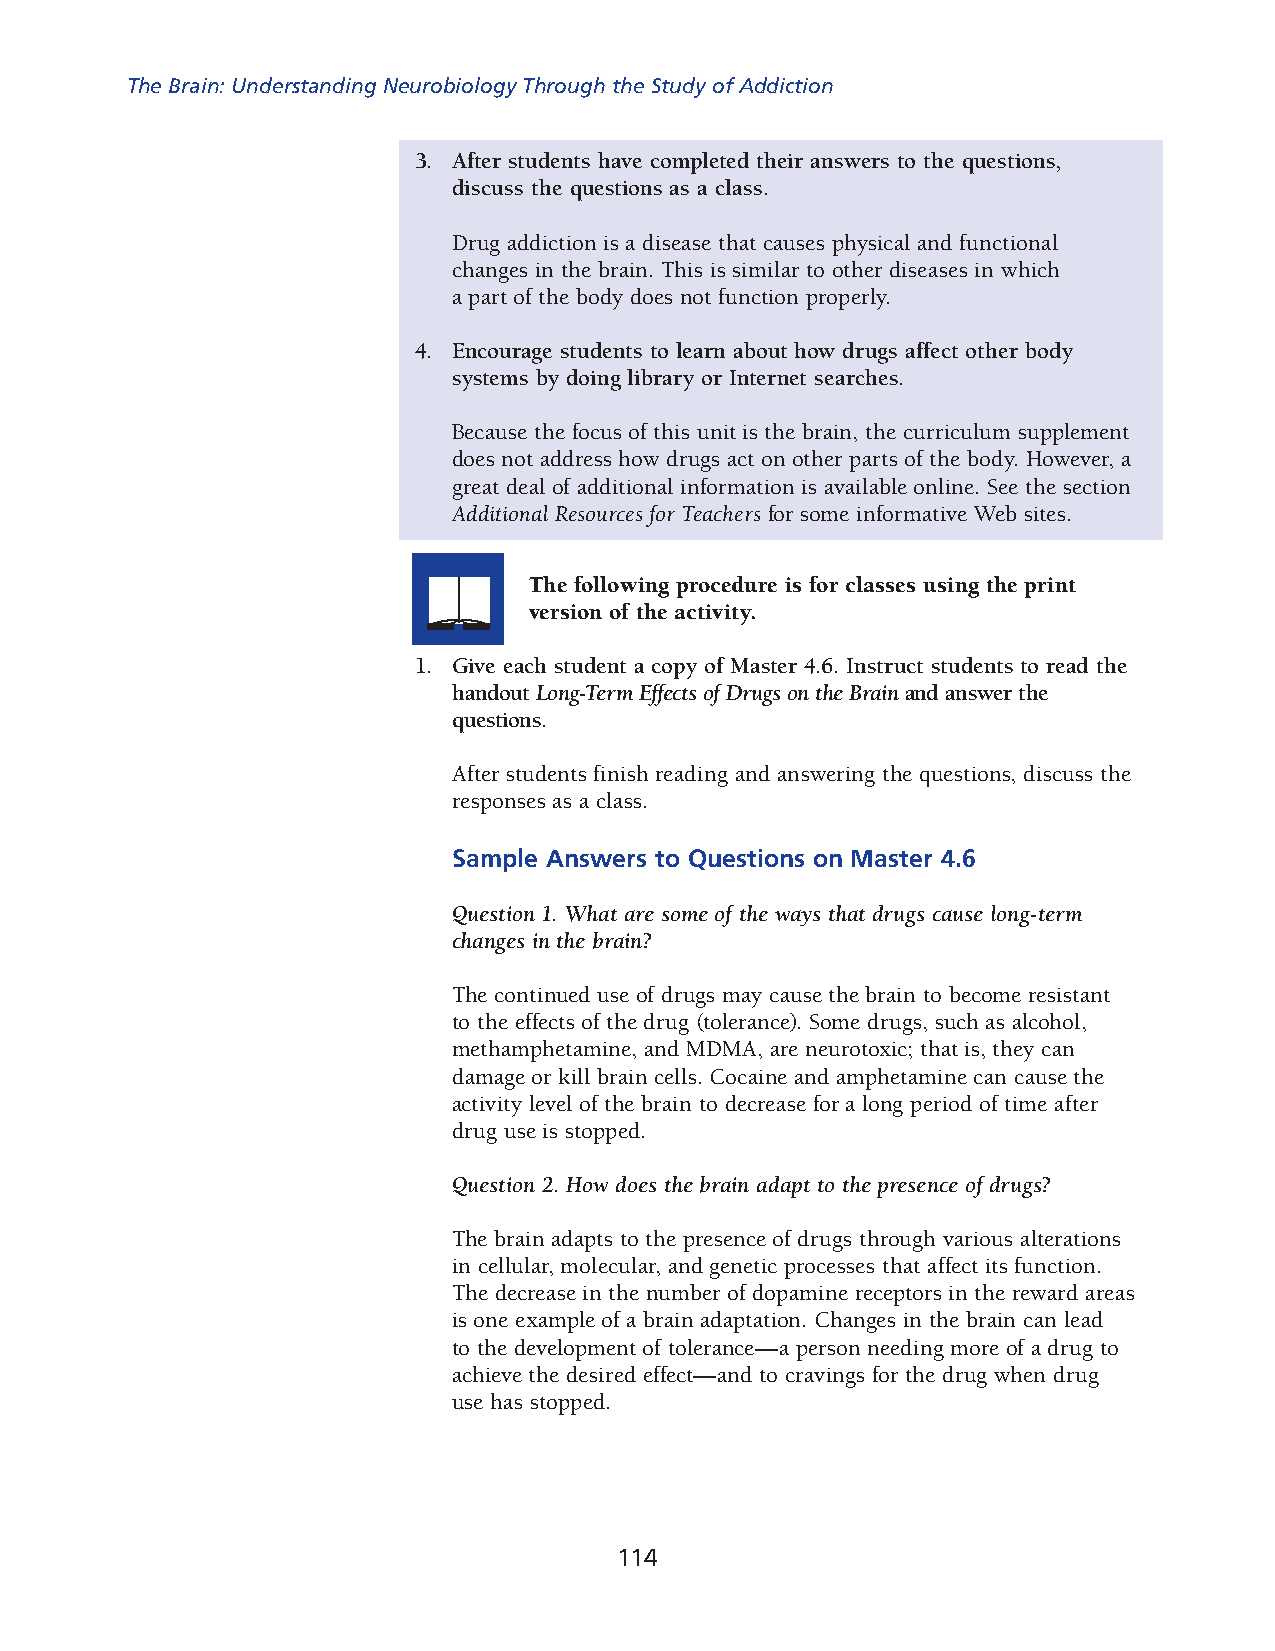
The Brain: Understanding Neurobiology Through the Study of Addiction
 3. After students have completed their answers to the questions,
 discuss the questions as a class.
 Drug addiction is a disease that causes physical and functional
 changes in the brain. This is similar to other diseases in which
 a part of the body does not function properly.
 4. Encourage students to learn about how drugs affect other body
 systems by doing library or Internet searches.
 Because the focus of this unit is the brain, the curriculum supplement
 does not address how drugs act on other parts of the body. However, a
 great deal of additional information is available online. See the section
 Additional Resources for Teachers for some informative Web sites.
 The following procedure is for classes using the print
 version of the activity.
 1. Give each student a copy of Master 4.6. Instruct students to read the
 handout Long­Term Effects of Drugs on the Brain and answer the
 questions.
 After students finish reading and answering the questions, discuss the
 responses as a class.
 Sample Answers to Questions on Master 4.6
 Question 1. What are some of the ways that drugs cause long­term
 changes in the brain?
 The continued use of drugs may cause the brain to become resistant
 to the effects of the drug (tolerance). Some drugs, such as alcohol,
 methampheta mine, and MDMA, are neurotoxic; that is, they can
 damage or kill brain cells. Cocaine and amphetamine can cause the
 activity level of the brain to decrease for a long period of time after
 drug use is stopped.
 Question 2. How does the brain adapt to the presence of drugs?
 The brain adapts to the presence of drugs through various alterations
 in cellular, molecular, and genetic processes that affect its function.
 The decrease in the number of dopamine receptors in the reward areas
 is one example of a brain adaptation. Changes in the brain can lead
 to the development of tolerance—a person needing more of a drug to
 achieve the desired effect—and to cravings for the drug when drug
 use has stopped.
 114